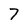
Character: 7